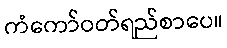
ကံကော်ဝတ်ရည်စာပေ။